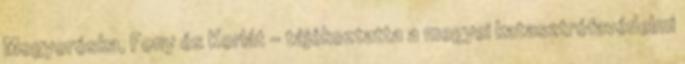
Mogyoróska, Fony és Korlát - tájékoztatta a megyei katasztrófavédelmi